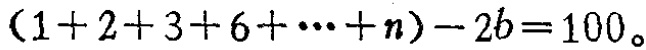
\((1 + 2 + 3 + 6+\cdots + n)-2b = 100\)